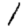
Digit: 1